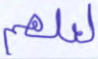
لعلهم